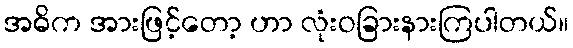
အဓိက အားဖြင့်တော့ ဟာ လုံးဝခြားနားကြပါတယ်။